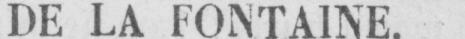
DE LA FONTAINE.